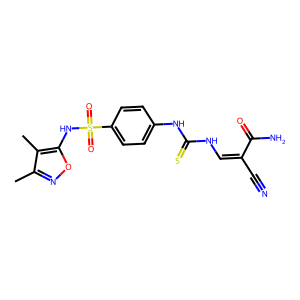
SMILES: Cc1noc(NS(=O)(=O)c2ccc(NC(=S)NC=C(C#N)C(N)=O)cc2)c1C
Inhibits HIV replication: No